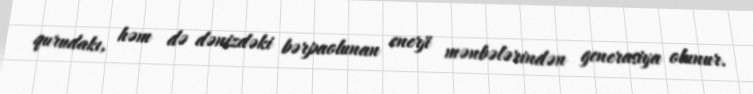
qurudakı, həm də dənizdəki bərpaolunan enerji mənbələrindən generasiya olunur.